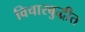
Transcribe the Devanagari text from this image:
विचारबुद्धीत